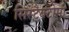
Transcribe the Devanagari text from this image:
सिस्टैक्टोमी